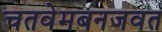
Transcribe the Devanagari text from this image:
चतवेमबनजवत